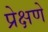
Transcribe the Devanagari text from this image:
प्रेक्षणे